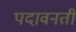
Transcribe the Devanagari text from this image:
पदावनती